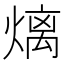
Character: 㷰